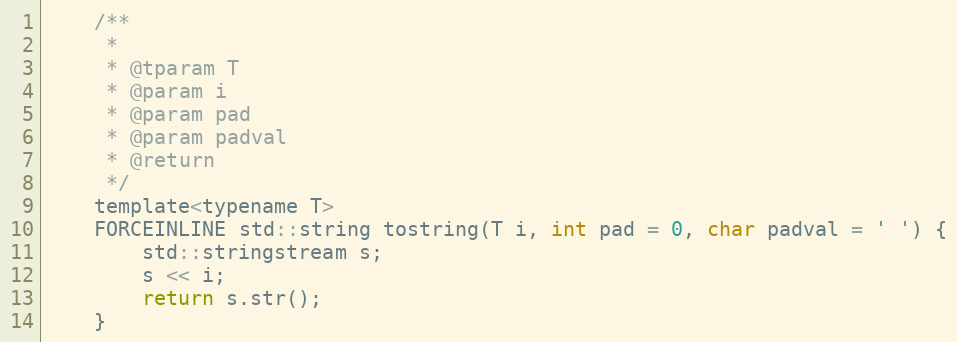
Language: C
    /**
     *
     * @tparam T
     * @param i
     * @param pad
     * @param padval
     * @return
     */
    template<typename T>
    FORCEINLINE std::string tostring(T i, int pad = 0, char padval = ' ') {
        std::stringstream s;
        s << i;
        return s.str();
    }